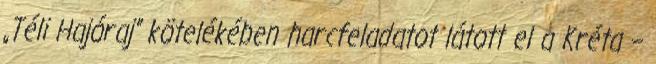
„Téli Hajóraj” kötelékében harcfeladatot látott el a Kréta –